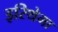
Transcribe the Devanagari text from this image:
इरिथेमा